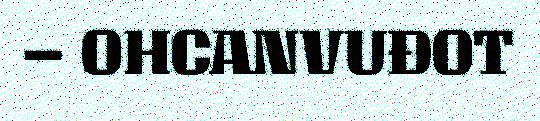
– OHCANVUĐOT